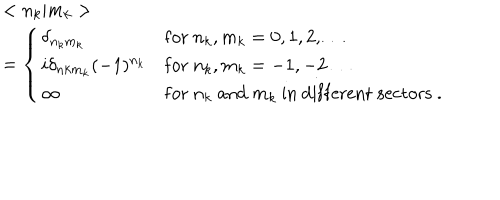
\begin{array} { l l } { { } } & { { < n _ { k } | m _ { k } > } } \\ { { } } & { { = \left\{ \begin{array} { l l } { { \delta _ { n _ { k } m _ { k } } } } & { { \mathrm { f o r } \ n _ { k } , m _ { k } = 0 , 1 , 2 , \ldots } } \\ { { i \delta _ { n k m _ { k } } ( - 1 ) ^ { n _ { k } } } } & { { \mathrm { f o r } \ n _ { k } , m _ { k } = - 1 , - 2 \ldots } } \\ { { \infty } } & { { \mathrm { f o r } \ n _ { k } \ \mathrm { a n d } \ m _ { k } \ \mathrm { i n \ d i f f e r e n t \ s e c t o r s } \ . } } \\ \end{array} \right. } } \\ \end{array}